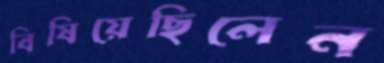
বিষিয়েছিলেন